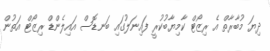
ދިޔަ މުބާރާތް އެ ރިޒޯޓް ކާމިޔާބުކުރީ ފައިނަލުގައި ބަނޑޮސް އައިލެންޑް ރިޒޯޓް އަތުން